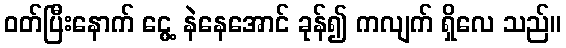
ဝတ်ပြီးနောက် ငွေ့ နဲနေအောင် ခုန်၍ ကလျက် ရှိလေ သည်။